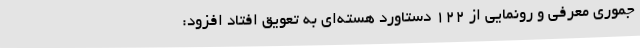
جموری معرفی و رونمایی از 122 دستاورد هسته‌ای به تعویق افتاد افزود: